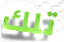
تلك